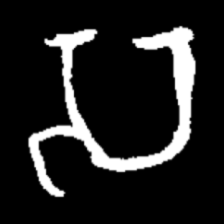
Pyu character \u2014 Myanmar letter: သ (romanized: sa)